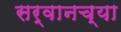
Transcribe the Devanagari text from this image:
सर्वानच्या